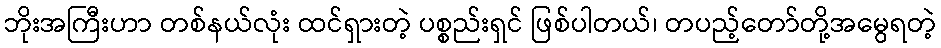
ဘိုးအကြီးဟာ တစ်နယ်လုံး ထင်ရှားတဲ့ ပစ္စည်းရှင် ဖြစ်ပါတယ်၊ တပည့်တော်တို့အမွေရတဲ့